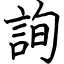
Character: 詢